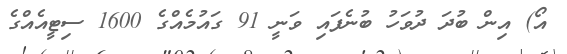
އޯ) އިން ބުދަ ދުވަހު ބުނެފައި ވަނީ 91 ގައުމެއްގެ 1600 ސިޓީއެއްގެ